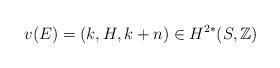
LaTeX: \begin{align*}v(E)=(k, H, k+n) \in H^{2\ast}(S, \mathbb{Z})\end{align*}